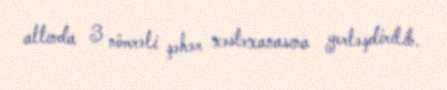
altında 3 nömrəli şəhər xəstəxanasına yerləşdirilib.